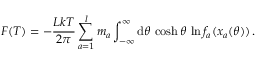
F ( T ) = - \frac { L k T } { 2 \pi } \sum _ { a = 1 } ^ { l } m _ { a } \int _ { - \infty } ^ { \infty } \mathrm { d } \theta \, \cosh \theta \, \ln f _ { a } ( x _ { a } ( \theta ) ) \, .